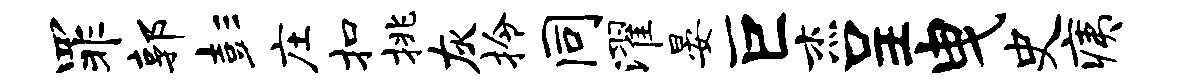
罪郭彭庄扣挑灰拎同濯晏巨杰呈曳史痍